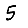
Digit: 5